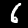
Label: 6